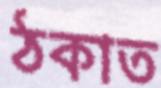
ঠকাত